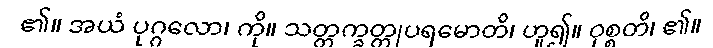
၏။ အယံ ပုဂ္ဂလော၊ ကို။ သတ္တက္ခတ္တုပရမောတိ၊ ဟူ၍။ ဝုစ္စတိ၊ ၏။